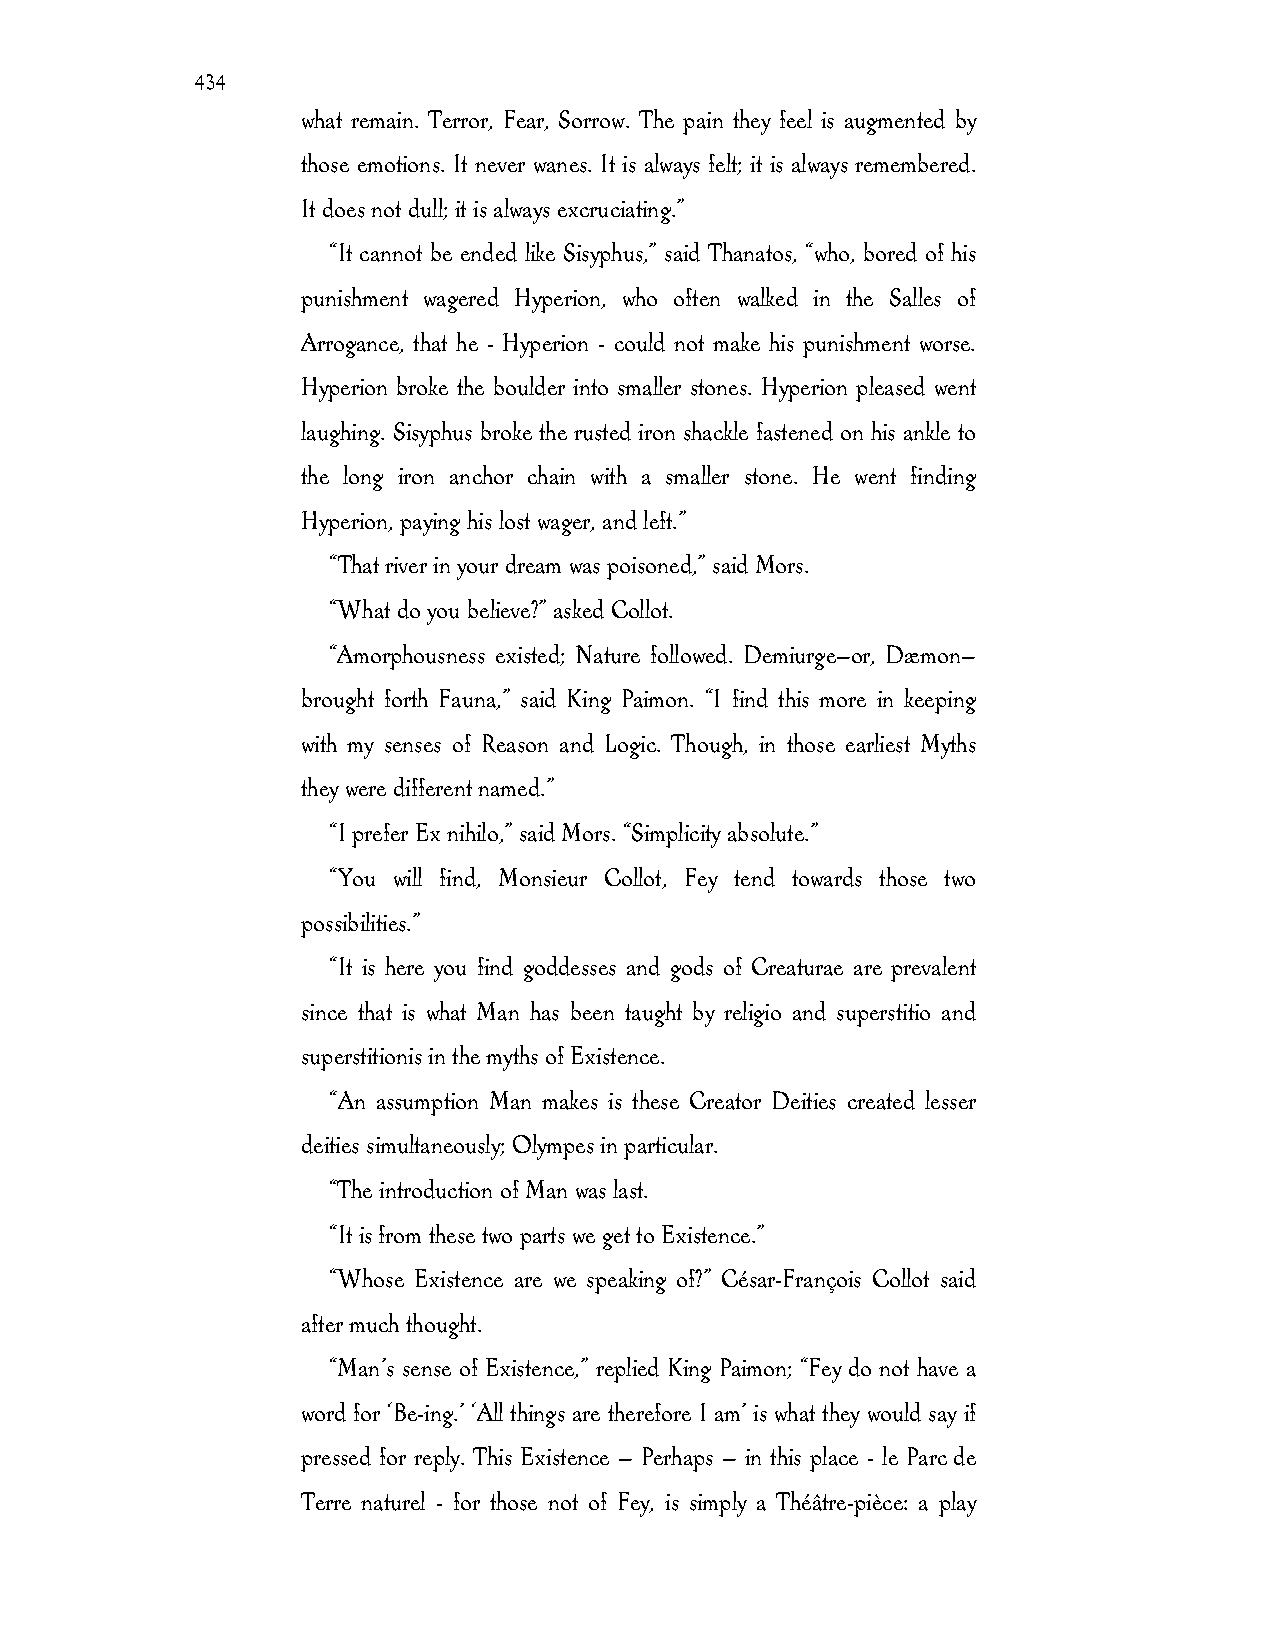
434
 what remain. Terror, Fear, Sorrow. The pain they feel is augmented by
 those emotions. It never wanes. It is always felt; it is always remembered.
 It does not dull; it is always excruciating.”
 “It cannot be ended like Sisyphus,” said Thanatos, “who, bored of his
 punishment wagered Hyperion, who often walked in the Salles of
 Arrogance, that he - Hyperion - could not make his punishment worse.
 Hyperion broke the boulder into smaller stones. Hyperion pleased went
 laughing. Sisyphus broke the rusted iron shackle fastened on his ankle to
 the long iron anchor chain with a smaller stone. He went finding
 Hyperion, paying his lost wager, and left.”
 “That river in your dream was poisoned,” said Mors.
 “What do you believe?” asked Collot.
 “Amorphousness existed; Nature followed. Demiurge—or, Dæmon—
 brought forth Fauna,” said King Paimon. “I find this more in keeping
 with my senses of Reason and Logic. Though, in those earliest Myths
 they were different named.”
 “I prefer Ex nihilo,” said Mors. “Simplicity absolute.”
 “You will find, Monsieur Collot, Fey tend towards those two
 possibilities.”
 “It is here you find goddesses and gods of Creaturae are prevalent
 since that is what Man has been taught by religio and superstitio and
 superstitionis in the myths of Existence.
 “An assumption Man makes is these Creator Deities created lesser
 deities simultaneously; Olympes in particular.
 “The introduction of Man was last.
 “It is from these two parts we get to Existence.”
 “Whose Existence are we speaking of?” César-François Collot said
 after much thought.
 “Man’s sense of Existence,” replied King Paimon; “Fey do not have a
 word for ‘Be-ing.’ ‘All things are therefore I am’ is what they would say if
 pressed for reply. This Existence — Perhaps — in this place - le Parc de
 Terre naturel - for those not of Fey, is simply a Théâtre-pièce: a play